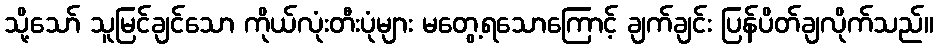
သို့သော် သူမြင်ချင်သော ကိုယ်လုံးတီးပုံများ မတွေ့ရသောကြောင့် ချက်ချင်း ပြန်ပိတ်ချလိုက်သည်။